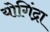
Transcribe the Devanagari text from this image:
योगिंद्रा